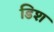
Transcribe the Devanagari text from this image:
डिश